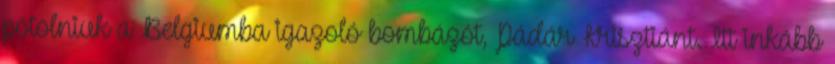
pótolniuk a Belgiumba igazoló bombázót, Pádár Krisztiánt. Itt inkább